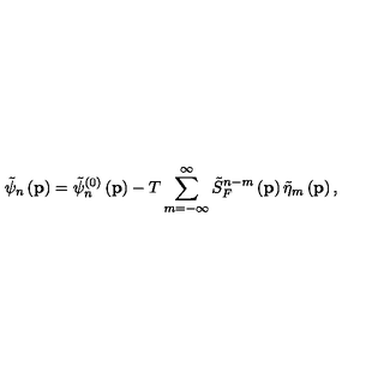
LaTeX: \tilde { \psi } _ { n } \left( \mathbf { p } \right) = \tilde { \psi } _ { n } ^ { \left( 0 \right) } \left( \mathbf { p } \right) - T \sum _ { m = - \infty } ^ { \infty } \tilde { S } _ { F } ^ { n - m } \left( \mathbf { p } \right) \tilde { \eta } _ { m } \left( \mathbf { p } \right) ,